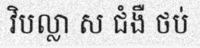
វិបល្លា ស ជំងឺ ថប់